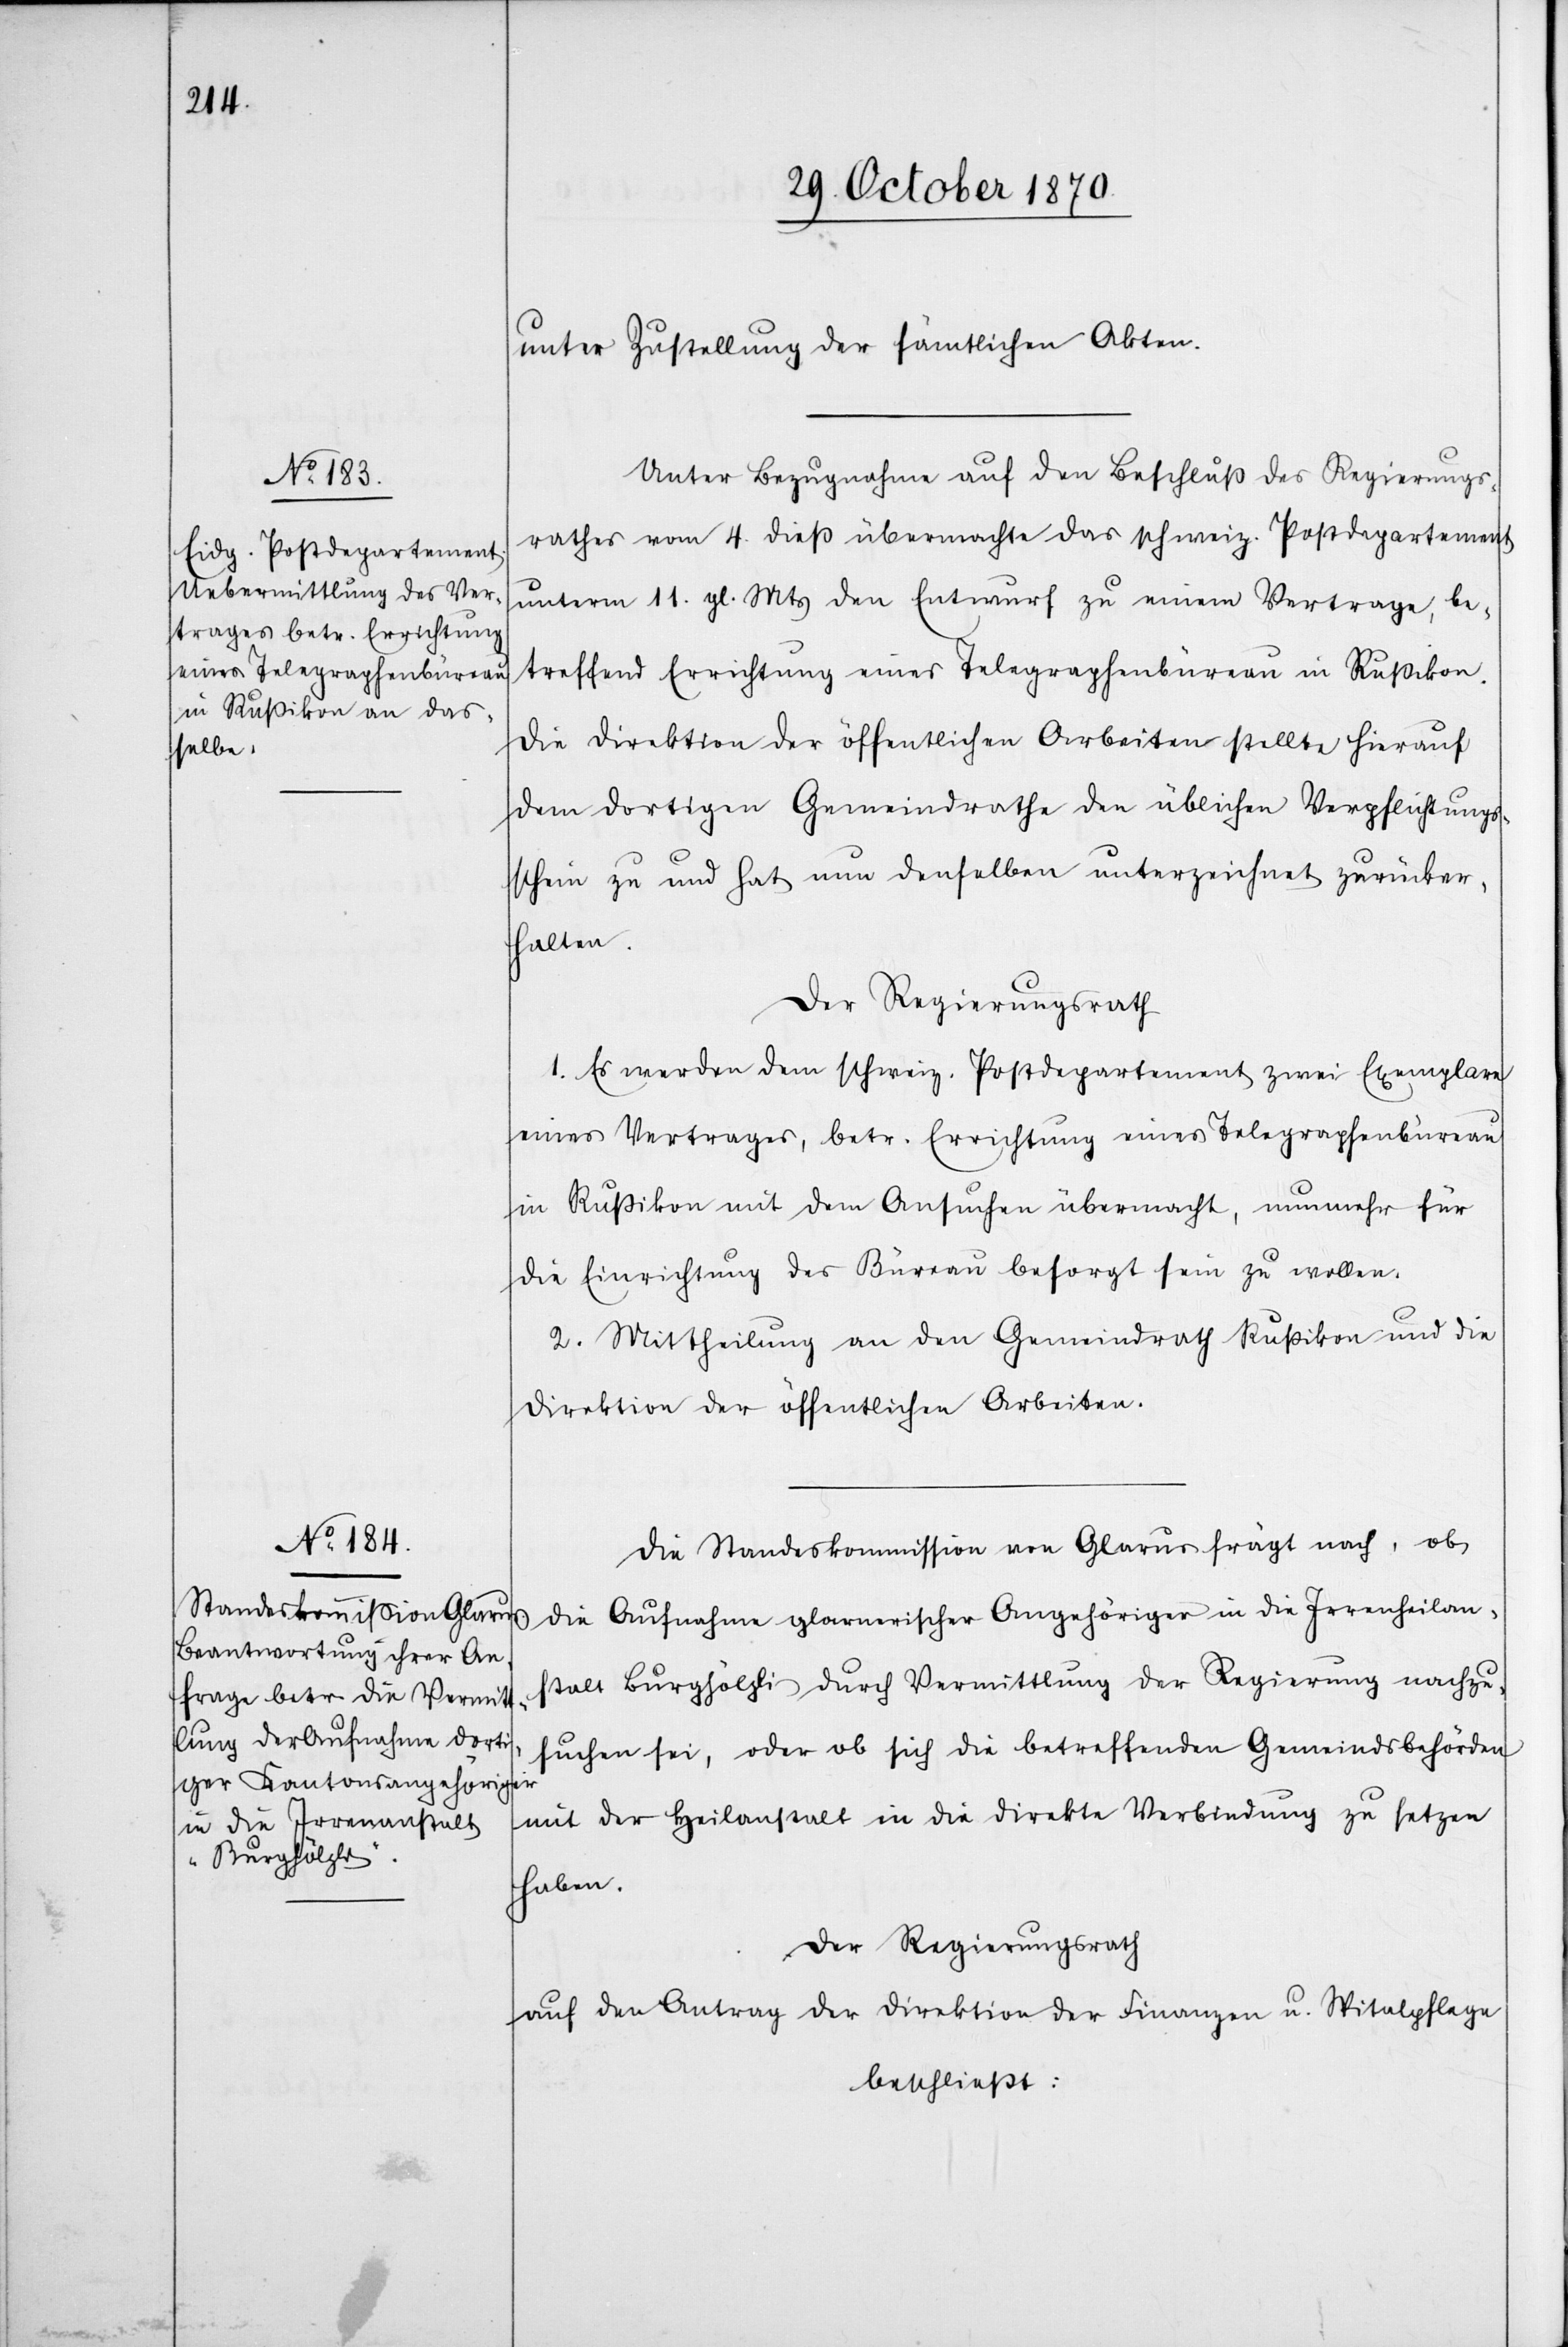
unter Zustellung der sämtlichen Akten.
Unter Bezugnahme auf den Beschluß des Regierungs¬
rathes vom 4. dieß übermachte das schweiz. Postdepartement
unterm 11. gl. Mts den Entwurf zu einem Vertrage, be¬
treffend Errichtung eines Telegraphenbüreau in Rußikon.
Die Direktion der öffentlichen Arbeiten stellte hierauf
dem dortigen Gemeindrathe den üblichen Verpflichtungs¬
schein zu und hat nun denselben unterzeichnet zurücker¬
halten.
Der Regierungsrath
1. Es werden dem schweiz. Postdepartement zwei Exemplare
eines Vertrages, betr. Errichtung eines Telegraphenbüreau
in Rußikon mit dem Ansuchen übermacht, nunmehr für
die Einrichtung des Büreau besorgt sein zu wollen.
2. Mittheilung an den Gemeindrath Rußikon und die
Direktion der öffentlichen Arbeiten.
Die Standeskommission von Glarus frägt nach, ob
die Aufnahme glarnerischer Angehöriger in die Irrenheilan¬
stalt Burghölzli durch Vermittlung der Regierung nachzu¬
suchen sei, oder ob sich die betreffenden Gemeindsbehörden
mit der Heilanstalt in die direkte Verbindung zu setzen
haben.
Der Regierungsrath
auf den Antrag der Direktion der Finanzen u. Spitalpflege
beschließt: